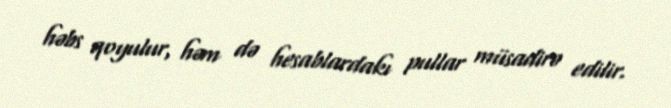
həbs qoyulur, həm də hesablardakı pullar müsadirə edilir.